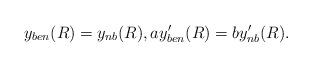
LaTeX: \begin{align*}y_{ben}(R)=y_{nb}(R), ay'_{ben}(R)=by'_{nb}(R).\end{align*}